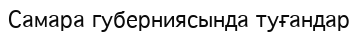
Самара губерниясында туғандар